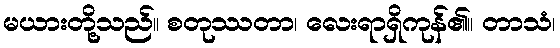
မယားတို့သည်။ စတုဿတာ၊ လေးရာရှိကုန်၏။ တာသံ၊